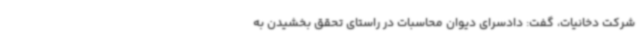
شرکت دخانیات، گفت: دادسرای دیوان محاسبات در راستای تحقق بخشیدن به